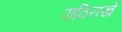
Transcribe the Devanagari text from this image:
पाठिराखे